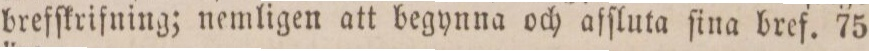
brefſkrifning; nemligen att begynna och afſluta ſina bref. 75